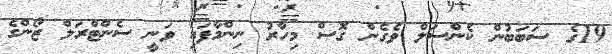
19ގެ ސަބަބުން ކެންސަލް ވެގެން ގޮސް މިހާރު ނިންމާފައި ވަނީ ސެންޓްރަލް ޒޯންގެ